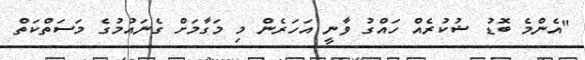
"އެންމެ ބޮޑު ޝުކުރެއް ހައްގު ވާނީ އަހަރެން މި މަގާމަށް ގެނައުމުގެ މަސަތްކަތް